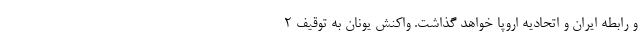
و رابطه ایران و اتحادیه اروپا خواهد گذاشت. واکنش یونان به توقیف ۲